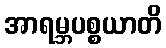
အာရမ္ဘပစ္စယာတိ